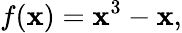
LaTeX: f(\mathbf{x})=\mathbf{x}^{3}-\mathbf{x},